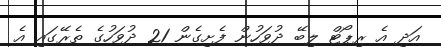
އަދި އެ ރިޕޯޓް ލިބޭ ދުވަހުން ފެށިގެން 21 ދުވަހުގެ ތެރޭގައި އެ